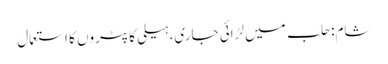
شام: حلب میں لڑائی جاری، ہیلی کاپٹروں کا استعمال